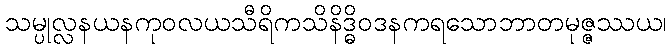
သမ္ပုလ္လနယနကုဝလယသီရိကသိနိဒ္ဓိဝဒနကရသောဘာတမုဇ္ဇဿယ၊